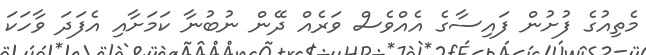
މެތިއުގެ ފުށުން ފައިސާގެ އެއްވެސް ވަރެއް ދޭން ނުބުނާ ކަމަށާއި އެފަދަ ވާހަކަ